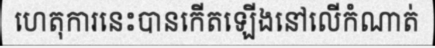
ហេតុការនេះបានកើតឡើងនៅលើកំណាត់